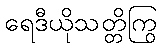
ရေဒီယိုသတ္တိကြွ